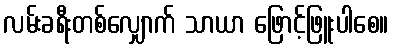
လမ်းခရီးတစ်လျှောက် သာယာ ဖြောင့်ဖြူးပါစေ။